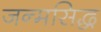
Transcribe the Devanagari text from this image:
जन्‍मसिद्ध